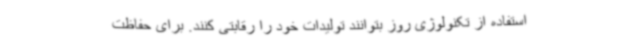
استفاده از تکنولوژی روز بتوانند تولیدات خود را رقابتی کنند. برای حفاظت